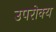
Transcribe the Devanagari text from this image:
उपरोक्य